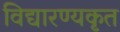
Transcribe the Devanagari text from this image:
विद्यारण्यकृत